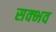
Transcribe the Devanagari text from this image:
सक्भव